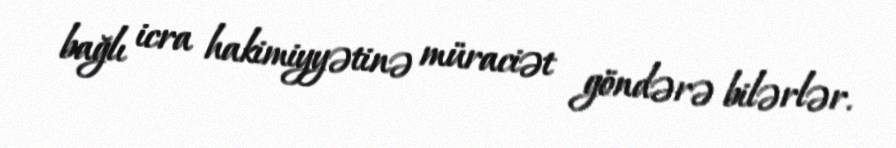
bağlı icra hakimiyyətinə müraciət göndərə bilərlər.